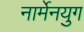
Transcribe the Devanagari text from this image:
नार्मेनयुग